King Institute of Preventive Medicine Micro-Biological Section reports 1909-11
Year: 1909
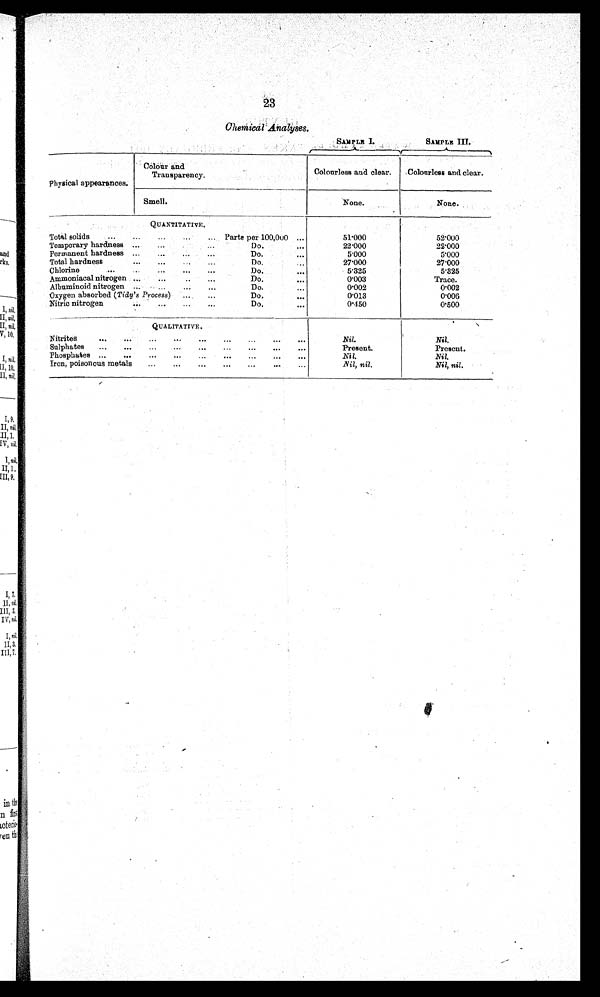
23
Chemical Analyses.
SAMPLE I.
SAMPLE III.
Physical appearances.
Colour and
Transparency.
Colourless and clear.
Colourless and clear.
Smell.
None.
None.
QUANTITATIVE.
Total solids
...
...
...
Parts per 100,000 ...
51.000
52.000
Temporary hardness ...
...
...
Do.
...
22.000
22.000
Permanent hardness ...
...
...
Do.
...
5.000
5.000
Total hardness
...
...
...
Do.
27.000
27.000
Chlorine
...
...
...
...
Do.
...
5.325
5.325
Ammoniacal nitrogen ...
...
...
Do.
0.003
Trace.
Albuminoid nitrogen ...
Do.
0.002
0.002
Oxygen absorbed ( Tidy's Process) ...
...
Do.
...
0.013
0.006
Nitric nitrogen
...
...
...
Do.
...
0.450
0.500
QUALITATIVE .
Nitrites
...
... ...
... ... ...
... •••
Nil.
Nil.
Sulphates
...
...
...
...
...
... .
...
...
.,..
Present.
Present.
Phosphates ...
... ...
...
...
...
... ... ...
Nil.
Nil.
Iron, poisonous metals
...
...
...
...
• • .
Nil, nil.
Nil, nil.